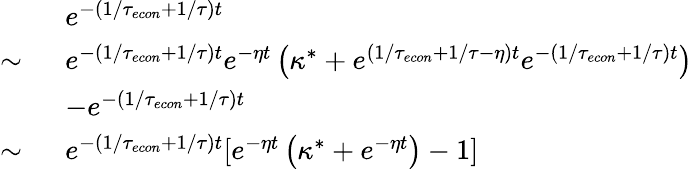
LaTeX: \begin{array}{rl}&{e^{-(1/{\tau_{econ}}+1/\tau)t}}\\ {\sim\ }&{e^{-(1/{\tau_{econ}}+1/\tau)t}e^{-\eta t}\left(\kappa^{*}+e^{(1/{\tau_{econ}}+1/\tau-\eta)t}e^{-(1/{\tau_{econ}}+1/\tau)t}\right)}\\ &{-e^{-(1/{\tau_{econ}}+1/\tau)t}}\\ {\sim\ }&{e^{-(1/{\tau_{econ}}+1/\tau)t}[e^{-\eta t}\left(\kappa^{*}+e^{-\eta t}\right)-1]}\end{array}